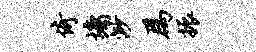
倚墉渺为振